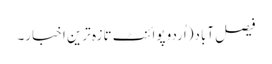
فیصل آباد(اُردو پوائنٹ تازہ ترین اخبار۔